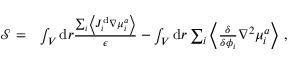
\begin{array} { r l } { \mathcal { S } = } & { \int _ { V } \mathrm { d } r \frac { \sum _ { i } \left\langle J _ { i } ^ { \mathrm { d } } \nabla { \mu } _ { i } ^ { a } \right\rangle } { \epsilon } - \int _ { V } \mathrm { d } r \sum _ { i } \left\langle \frac { \delta } { \delta { \phi _ { i } } } \nabla ^ { 2 } \mu _ { i } ^ { a } \right\rangle \, , } \end{array}